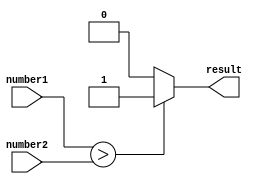
module unsigned_comparator (
    input [31:0] number1,
    input [31:0] number2,
    output reg result
);

always @(*) begin
    if (number1 > number2) begin
        result = 1;
    end
    else if (number1 < number2) begin
        result = 0;
    end
    else begin
        result = 0;
    end
end

endmodule